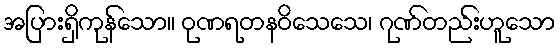
အပြားရှိကုန်သော။ ဝုဏရတနဝိသေသေ၊ ဂုဏ်တည်းဟူသော